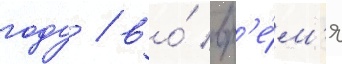
году / во́ вр'е́м'я